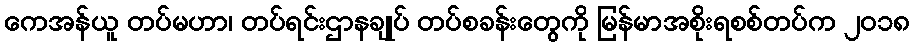
ကေအန်ယူ တပ်မဟာ၊ တပ်ရင်းဌာနချုပ် တပ်စခန်းတွေကို မြန်မာအစိုးရစစ်တပ်က ၂၀၁၈